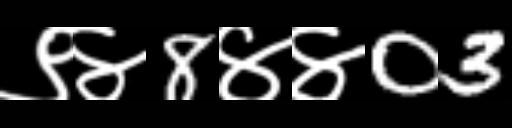
Text: ९४8४४03